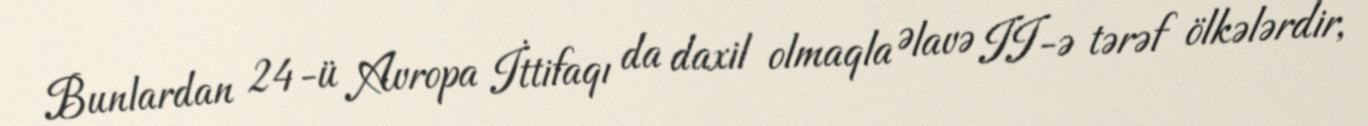
Bunlardan 24-ü Avropa İttifaqı da daxil olmaqla Əlavə II-ə tərəf ölkələrdir,